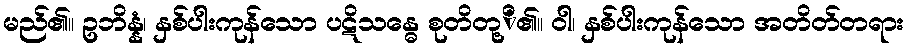
မည်၏။ ဥဘိန္နံ၊ နှစ်ပါးကုန်သော ပဋိသန္ဓေ စုတိတု့ိ၏။ ဝါ၊ နှစ်ပါးကုန်သော အတိတ်တရား